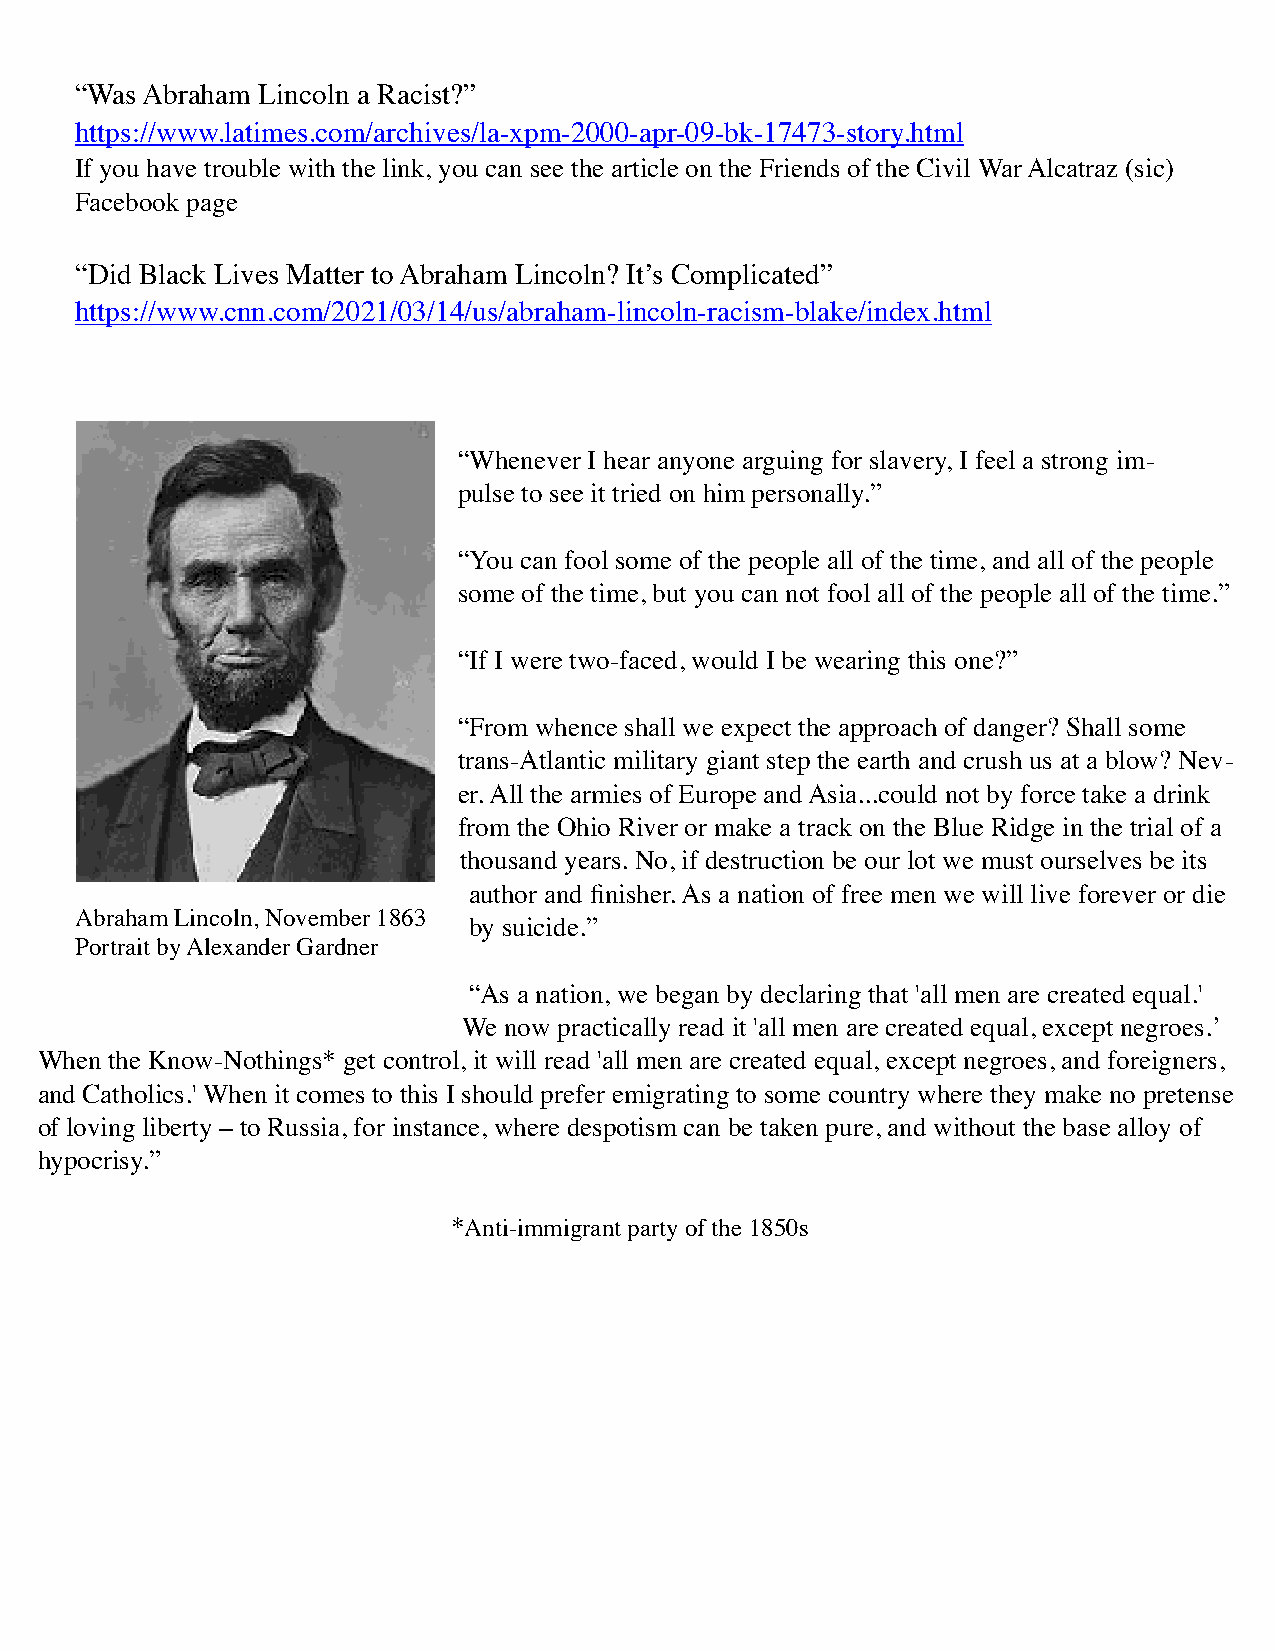
“Was Abraham Lincoln a Racist?”
 https://www.latimes.com/archives/la-xpm-2000-apr-09-bk-17473-story.html
 If you have trouble with the link, you can see the article on the Friends of the Civil War Alcatraz (sic)
 Facebook page
 “Did Black Lives Matter to Abraham Lincoln? It’s Complicated”
 https://www.cnn.com/2021/03/14/us/abraham-lincoln-racism-blake/index.html
 “Whenever I hear anyone arguing for slavery, I feel a strong im-
 pulse to see it tried on him personally.”
 “You can fool some of the people all of the time, and all of the people
 some of the time, but you can not fool all of the people all of the time.”
 “If I were two-faced, would I be wearing this one?”
 “From whence shall we expect the approach of danger? Shall some
 trans-Atlantic military giant step the earth and crush us at a blow? Nev-
 er. All the armies of Europe and Asia...could not by force take a drink
 from the Ohio River or make a track on the Blue Ridge in the trial of a
 thousand years. No, if destruction be our lot we must ourselves be its
 author and finisher. As a nation of free men we will live forever or die
 Abraham Lincoln, November 1863
 by suicide.”
 Portrait by Alexander Gardner
 “As a nation, we began by declaring that 'all men are created equal.'
 We now practically read it 'all men are created equal, except negroes.’
 When the Know-Nothings* get control, it will read 'all men are created equal, except negroes, and foreigners,
 and Catholics.' When it comes to this I should prefer emigrating to some country where they make no pretense
 of loving liberty – to Russia, for instance, where despotism can be taken pure, and without the base alloy of
 hypocrisy.”
 *Anti-immigrant party of the 1850s